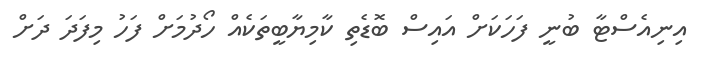
އިނިއެސްޓާ ބުނީ ފަހަކަށް އައިސް ބޮޑެތި ކާމިޔާބީތަކެއް ހޯދުމަށް ފަހު މިފަދަ ދަށް